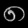
Digit: ၈